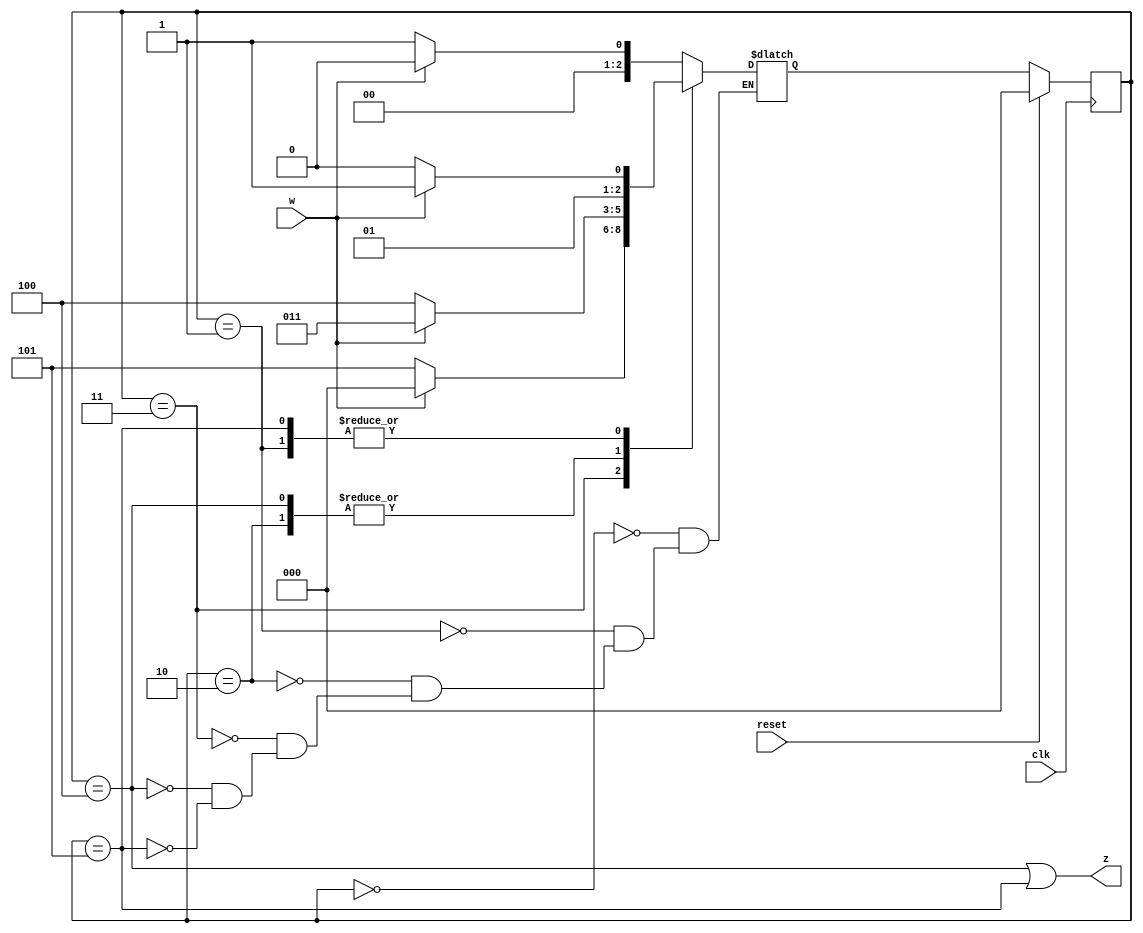
module top_module (
    input clk,
    input reset,     // synchronous reset
    input w,
    output z);
    
    parameter A = 3'b000 ;
    parameter B = 3'b001 ;
    parameter C = 3'b010 ;
    parameter D = 3'b011 ;
    parameter E = 3'b100 ;
    parameter F = 3'b101 ;
    
    reg [2:0] cstate , nstate ;
    
    always @(posedge clk) begin
        if(reset) begin
            cstate <= A ;
        end
        else begin
            cstate <= nstate ;
        end
    end
    
    always @(*) begin
        case(cstate) 
            A : nstate = w ? A : B ;
            B : nstate = w ? D : C ;
            C : nstate = w ? D : E ;
            D : nstate = w ? A : F ;
            E : nstate = w ? D : E ;
            F : nstate = w ? D : C ;
        endcase
    end
    
    assign z = (cstate == E || cstate == F) ;
    

endmodule